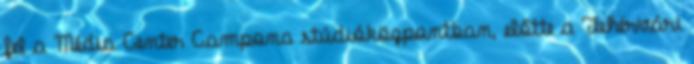
fel a Média Center Campona stúdióközpontban, előtte a Fehérvári